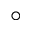
\circ